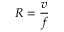
R = { \frac { v } { f } }